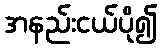
အနည်းငယ်ပို၍